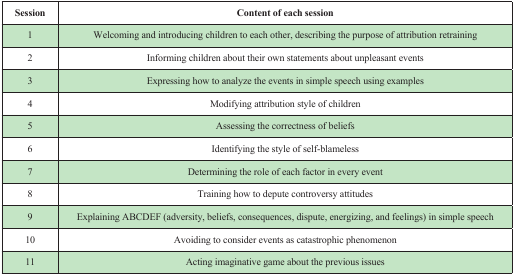
<table><thead><tr><td><b>Session</b></td><td><b>Content of each session</b></td></tr></thead><tbody><tr><td>1</td><td>Welcoming and introducing children to each other, describing the purpose of attribution retraining</td></tr><tr><td>2</td><td>Informing children about their own statements about unpleasant events</td></tr><tr><td>3</td><td>Expressing how to analyze the events in simple speech using examples</td></tr><tr><td>4</td><td>Modifing attribution style of children</td></tr><tr><td>5</td><td>Assessing the correctness of beliefs</td></tr><tr><td>6</td><td>Identifing the style of self-blameless</td></tr><tr><td>7</td><td>Determining the role of each factor in every event</td></tr><tr><td>8</td><td>Training how to depute controversy attitudes</td></tr><tr><td>9</td><td>Explaining ABCDEF (adversity, beliefs, consequences, dispute, energizing, and feelings) in simple speech</td></tr><tr><td>10</td><td>Avoiding to consider events as catastrophic phenomenon</td></tr><tr><td>11</td><td>Acting imaginative game about the previous issues</td></tr></tbody></table>